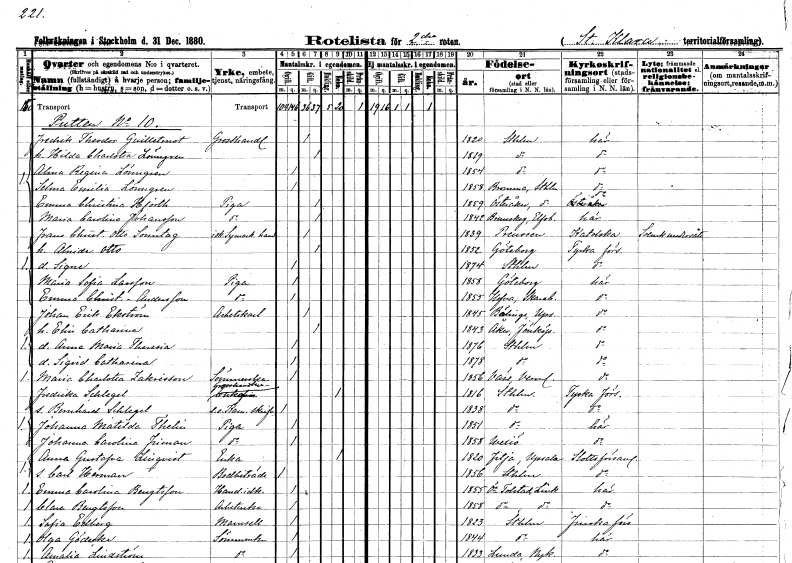
gt_parse: households: individuals: FN: Fredrik Theodor
EN: Guilletmot
YRKE: Grosshandlare
KON: M
CIV: G
FODAR: 1820
FODFORS: Stockholm
FN: Hilda Charlotta
EN: Lönngren
KON: K
CIV: G
FODAR: 1819
FODFORS: Stockholm
FN: Alma Regina
EN: Lönngren
KON: K
CIV: O
FODAR: 1854
FODFORS: Stockholm
FN: Selma Emilia
EN: Lönngren
KON: K
CIV: O
FODAR: 1858
FODFORS: Bromma Stockholms län
FN: Emma Christina
EN: Hjorth
YRKE: Piga
KON: K
CIV: G
FODAR: 1859
FODFORS: Österåker Stockholms län
FN: Maria Carolina
EN: Johansson
YRKE: Piga
KON: K
CIV: G
FODAR: 1842
FODFORS: Brunskog Värmlands län
FN: Frans Christian Otto
EN: Sonntag
YRKE: Symaskinshandlande
KON: M
CIV: G
FODAR: 1839
FN: Alinde
EN: Otto
KON: K
CIV: G
FODAR: 1852
FODFORS: Göteborg Göteborgs- och Bohuslän
FN: Signe
KON: K
CIV: O
FODAR: 1874
FODFORS: Stockholm
FN: Maria Sofia
EN: Larsson
YRKE: Piga
KON: K
CIV: O
FODAR: 1858
FODFORS: Göteborg Göteborgs- och Bohuslän
FN: Emma Christina
EN: Andersson
YRKE: Piga
KON: K
CIV: O
FODAR: 1855
FODFORS: Hova Skaraborgs län
FN: Johan Erik
EN: Ekström
YRKE: Arbetskarl
KON: M
CIV: G
FODAR: 1845
FODFORS: Bälinge Uppsala län
FN: Elin Catharina
KON: K
CIV: G
FODAR: 1843
FODFORS: Åker Jönköpings län
FN: Anna Maria Theresia
KON: K
CIV: O
FODAR: 1876
FODFORS: Stockholm
FN: Sigrid Catharina
KON: K
CIV: O
FODAR: 1878
FODFORS: Stockholm
FN: Maria Charlotta
EN: Zakrisson
YRKE: Sömmerska
KON: K
CIV: O
FODAR: 1856
FODFORS: Väse Värmlands län
FN: Fredrika
EN: Schlegel
YRKE: Grosshandlareänka
KON: K
CIV: E
FODAR: 1816
FODFORS: Stockholm
FN: Bernhard
EN: Schlegel
YRKE: Kammarskrivare e.o.
KON: M
CIV: O
FODAR: 1838
FODFORS: Stockholm
FN: Johanna Matilda
EN: Thelin
YRKE: Piga
KON: K
CIV: O
FODAR: 1851
FODFORS: Stockholm
FN: Johanna Carolina
EN: Friman
YRKE: Piga
KON: K
CIV: O
FODAR: 1858
FODFORS: Växjö Kronobergs län
FN: Anna Gustafva
EN: Linqvist
YRKE: Änka
KON: K
CIV: E
FODAR: 1820
FODFORS: Fittja Uppsala län
FN: Carl Herman
YRKE: Bodbiträde
KON: M
CIV: O
FODAR: 1856
FODFORS: Stockholm
FN: Emma Carolina
EN: Bengtsson
YRKE: Handelsidkare
KON: K
CIV: O
FODAR: 1855
FODFORS: Östra Tollstad Östergötlands län
FN: Clara
EN: Bengtsson
YRKE: Arbeterska
KON: K
CIV: O
FODAR: 1858
FODFORS: Östra Tollstad Östergötlands län
FN: Sofia
EN: Edberg
KON: K
CIV: O
FODAR: 1823
FODFORS: Stockholm
FN: Olga
EN: Gödecke
YRKE: Sömmerska
KON: K
CIV: O
FODAR: 1844
FODFORS: Stockholm